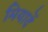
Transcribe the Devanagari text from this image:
मियादें